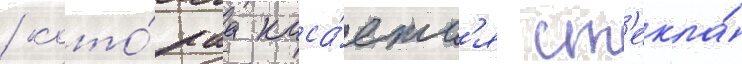
/ кото́раа каса́етс'я ст'екла́